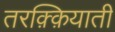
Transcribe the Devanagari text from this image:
तरक़्क़ियाती